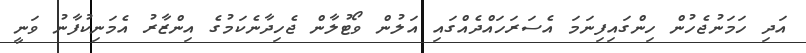
އަދި ހަމަނުޖެހުން ހިންގައިފިނަމަ އެސަރަހައްދެއްގައި އަލުން ވޯޓުލާން ޖެހިދާނެކަމުގެ އިންޒާރު އެމަނިކުފާނު ވަނީ